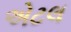
એટલ